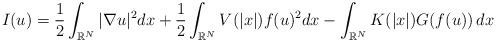
LaTeX: \begin{align*}I(u) = \frac{1}{2}\int_{\mathbb{R}^{N}}|\nabla u |^2 dx + \frac{1}{2}\int_{\mathbb{R}^{N}}V(|x|) f(u)^2 dx-\int_{\mathbb{R}^{N}}K(|x|) G(f (u)) \,dx \end{align*}